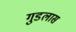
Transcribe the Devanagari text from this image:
गुडलास